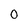
Character: 0